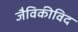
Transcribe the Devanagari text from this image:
जैविकीविद